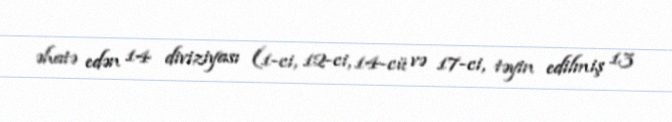
əhatə edən 14 diviziyası (1-ci, 12-ci, 14-cü və 17-ci, təyin edilmiş 13